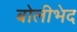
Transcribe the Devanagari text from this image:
बोलीभेद